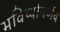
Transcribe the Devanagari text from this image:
भविष्यनिर्णय